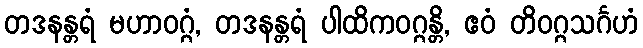
တဒနန္တရံ မဟာဝဂ္ဂံ, တဒနန္တရံ ပါထိကဝဂ္ဂန္တိ, ဧဝံ တိဝဂ္ဂသင်္ဂဟံ